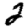
Digit: 2